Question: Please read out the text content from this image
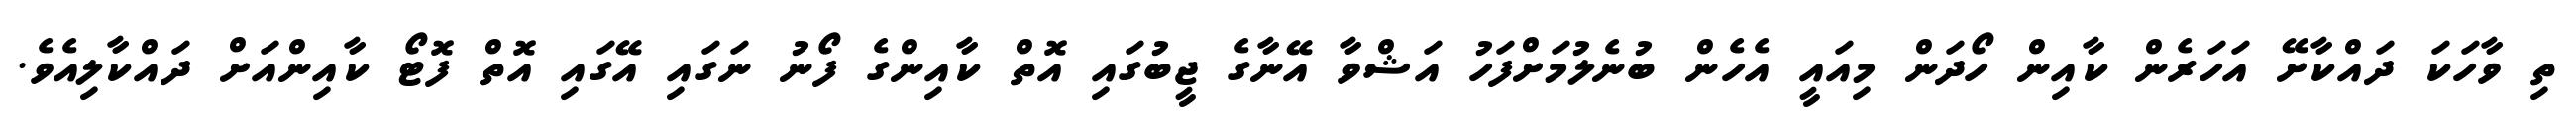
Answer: ތި ވާހަކަ ދައްކާށޭ އަހަރެން ކާއިން ހޯދަން މިއައީ އެހެން ބުނެލުމަށްފަހު އަޝްވާ އޭނާގެ ޖީބުގައި އޮތް ކާއިންގެ ފޯނު ނަގައި އޭގައި އޮތް ފޮޓޯ ކާއިންއަށް ދައްކާލިއެވެ.